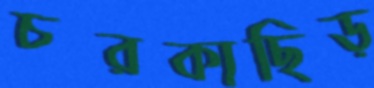
চরকাছিড়